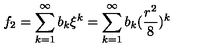
f _ { 2 } = \sum _ { k = 1 } ^ { \infty } b _ { k } \xi ^ { k } = \sum _ { k = 1 } ^ { \infty } b _ { k } ( \frac { r ^ { 2 } } { 8 } ) ^ { k }